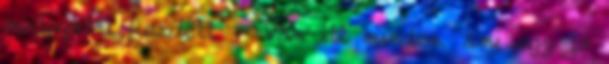
mutogatni kezdett. - Van itt minden, ami egy jó